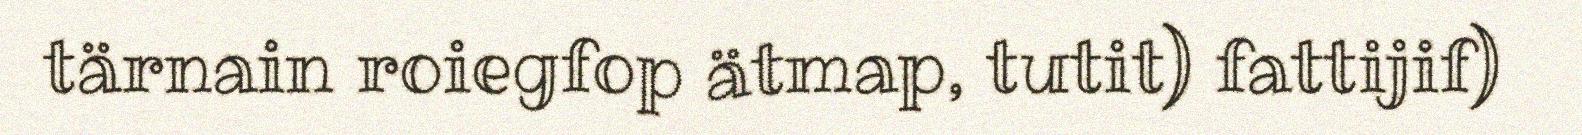
tärnain roiegfop ätmap, tutit) fattijif)